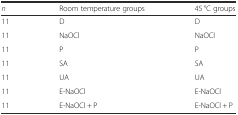
<table><thead><tr><td><b><i>n</i></b></td><td><b>Room temperature groups</b></td><td><b>45 °C groups</b></td></tr></thead><tbody><tr><td>11</td><td>D</td><td>D</td></tr><tr><td>11</td><td>NaOCl</td><td>NaOCl</td></tr><tr><td>11</td><td>P</td><td>P</td></tr><tr><td>11</td><td>SA</td><td>SA</td></tr><tr><td>11</td><td>UA</td><td>UA</td></tr><tr><td>11</td><td>E-NaOCl</td><td>E-NaOCl</td></tr><tr><td>11</td><td>E-NaOCl + P</td><td>E-NaOCl + P</td></tr></tbody></table>